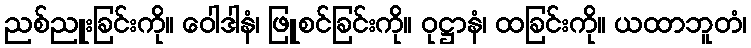
ညစ်ညူးခြင်းကို။ ဝေါဒါနံ၊ ဖြူစင်ခြင်းကို။ ဝုဋ္ဌာနံ၊ ထခြင်းကို။ ယထာဘူတံ၊